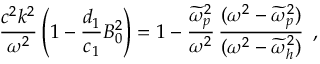
\frac { c ^ { 2 } k ^ { 2 } } { \omega ^ { 2 } } \left( 1 - \frac { d _ { 1 } } { c _ { 1 } } B _ { 0 } ^ { 2 } \right) = 1 - \frac { \widetilde { \omega } _ { p } ^ { 2 } } { \omega ^ { 2 } } \, \frac { ( \omega ^ { 2 } - \widetilde { \omega } _ { p } ^ { 2 } ) } { ( \omega ^ { 2 } - \widetilde { \omega } _ { h } ^ { 2 } ) } \, \; ,